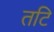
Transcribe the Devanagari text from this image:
तटि